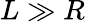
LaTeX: L\gg R